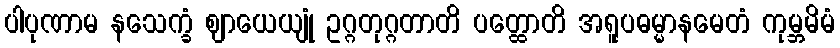
ပါပုဏာမ နသေက္ခံ ဈာယေယျုံ ဥဂ္ဂတုဂ္ဂတာတိ ပတ္ထောတိ အရူပဓမ္မာနမေတံ ကုမ္ဘမိမံ